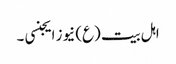
اہل بیت (ع) نیوز ایجنسی ۔